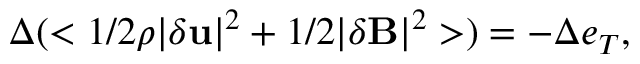
\Delta ( < 1 / 2 \rho | \delta { \bf u } | ^ { 2 } + 1 / 2 | \delta { \bf B } | ^ { 2 } > ) = - \Delta e _ { T } ,